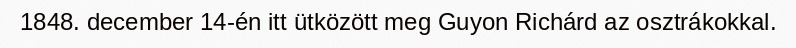
1848. december 14-én itt ütközött meg Guyon Richárd az osztrákokkal.